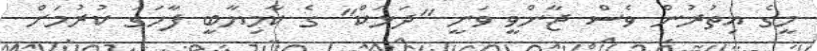
މީގެ އިތުރުން ވެސް ޖާންވީ ވަނީ "ދަޅަކް" ގެ ކާމިޔާބީ ފާހަގަ ކުރުމަށް